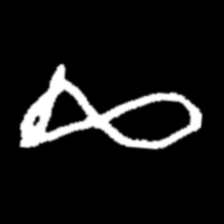
Pyu character \u2014 Myanmar letter: ဆ (romanized: cha)